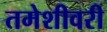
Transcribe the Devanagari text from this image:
तमेशीवरी